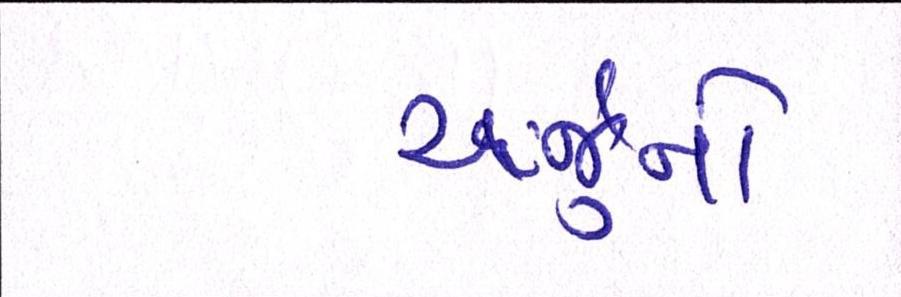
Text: અર્જુનો